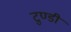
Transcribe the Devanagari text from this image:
टुण्डी